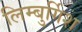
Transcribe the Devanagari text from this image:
लिम्बुर्गिश